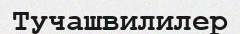
Тучашвилилер